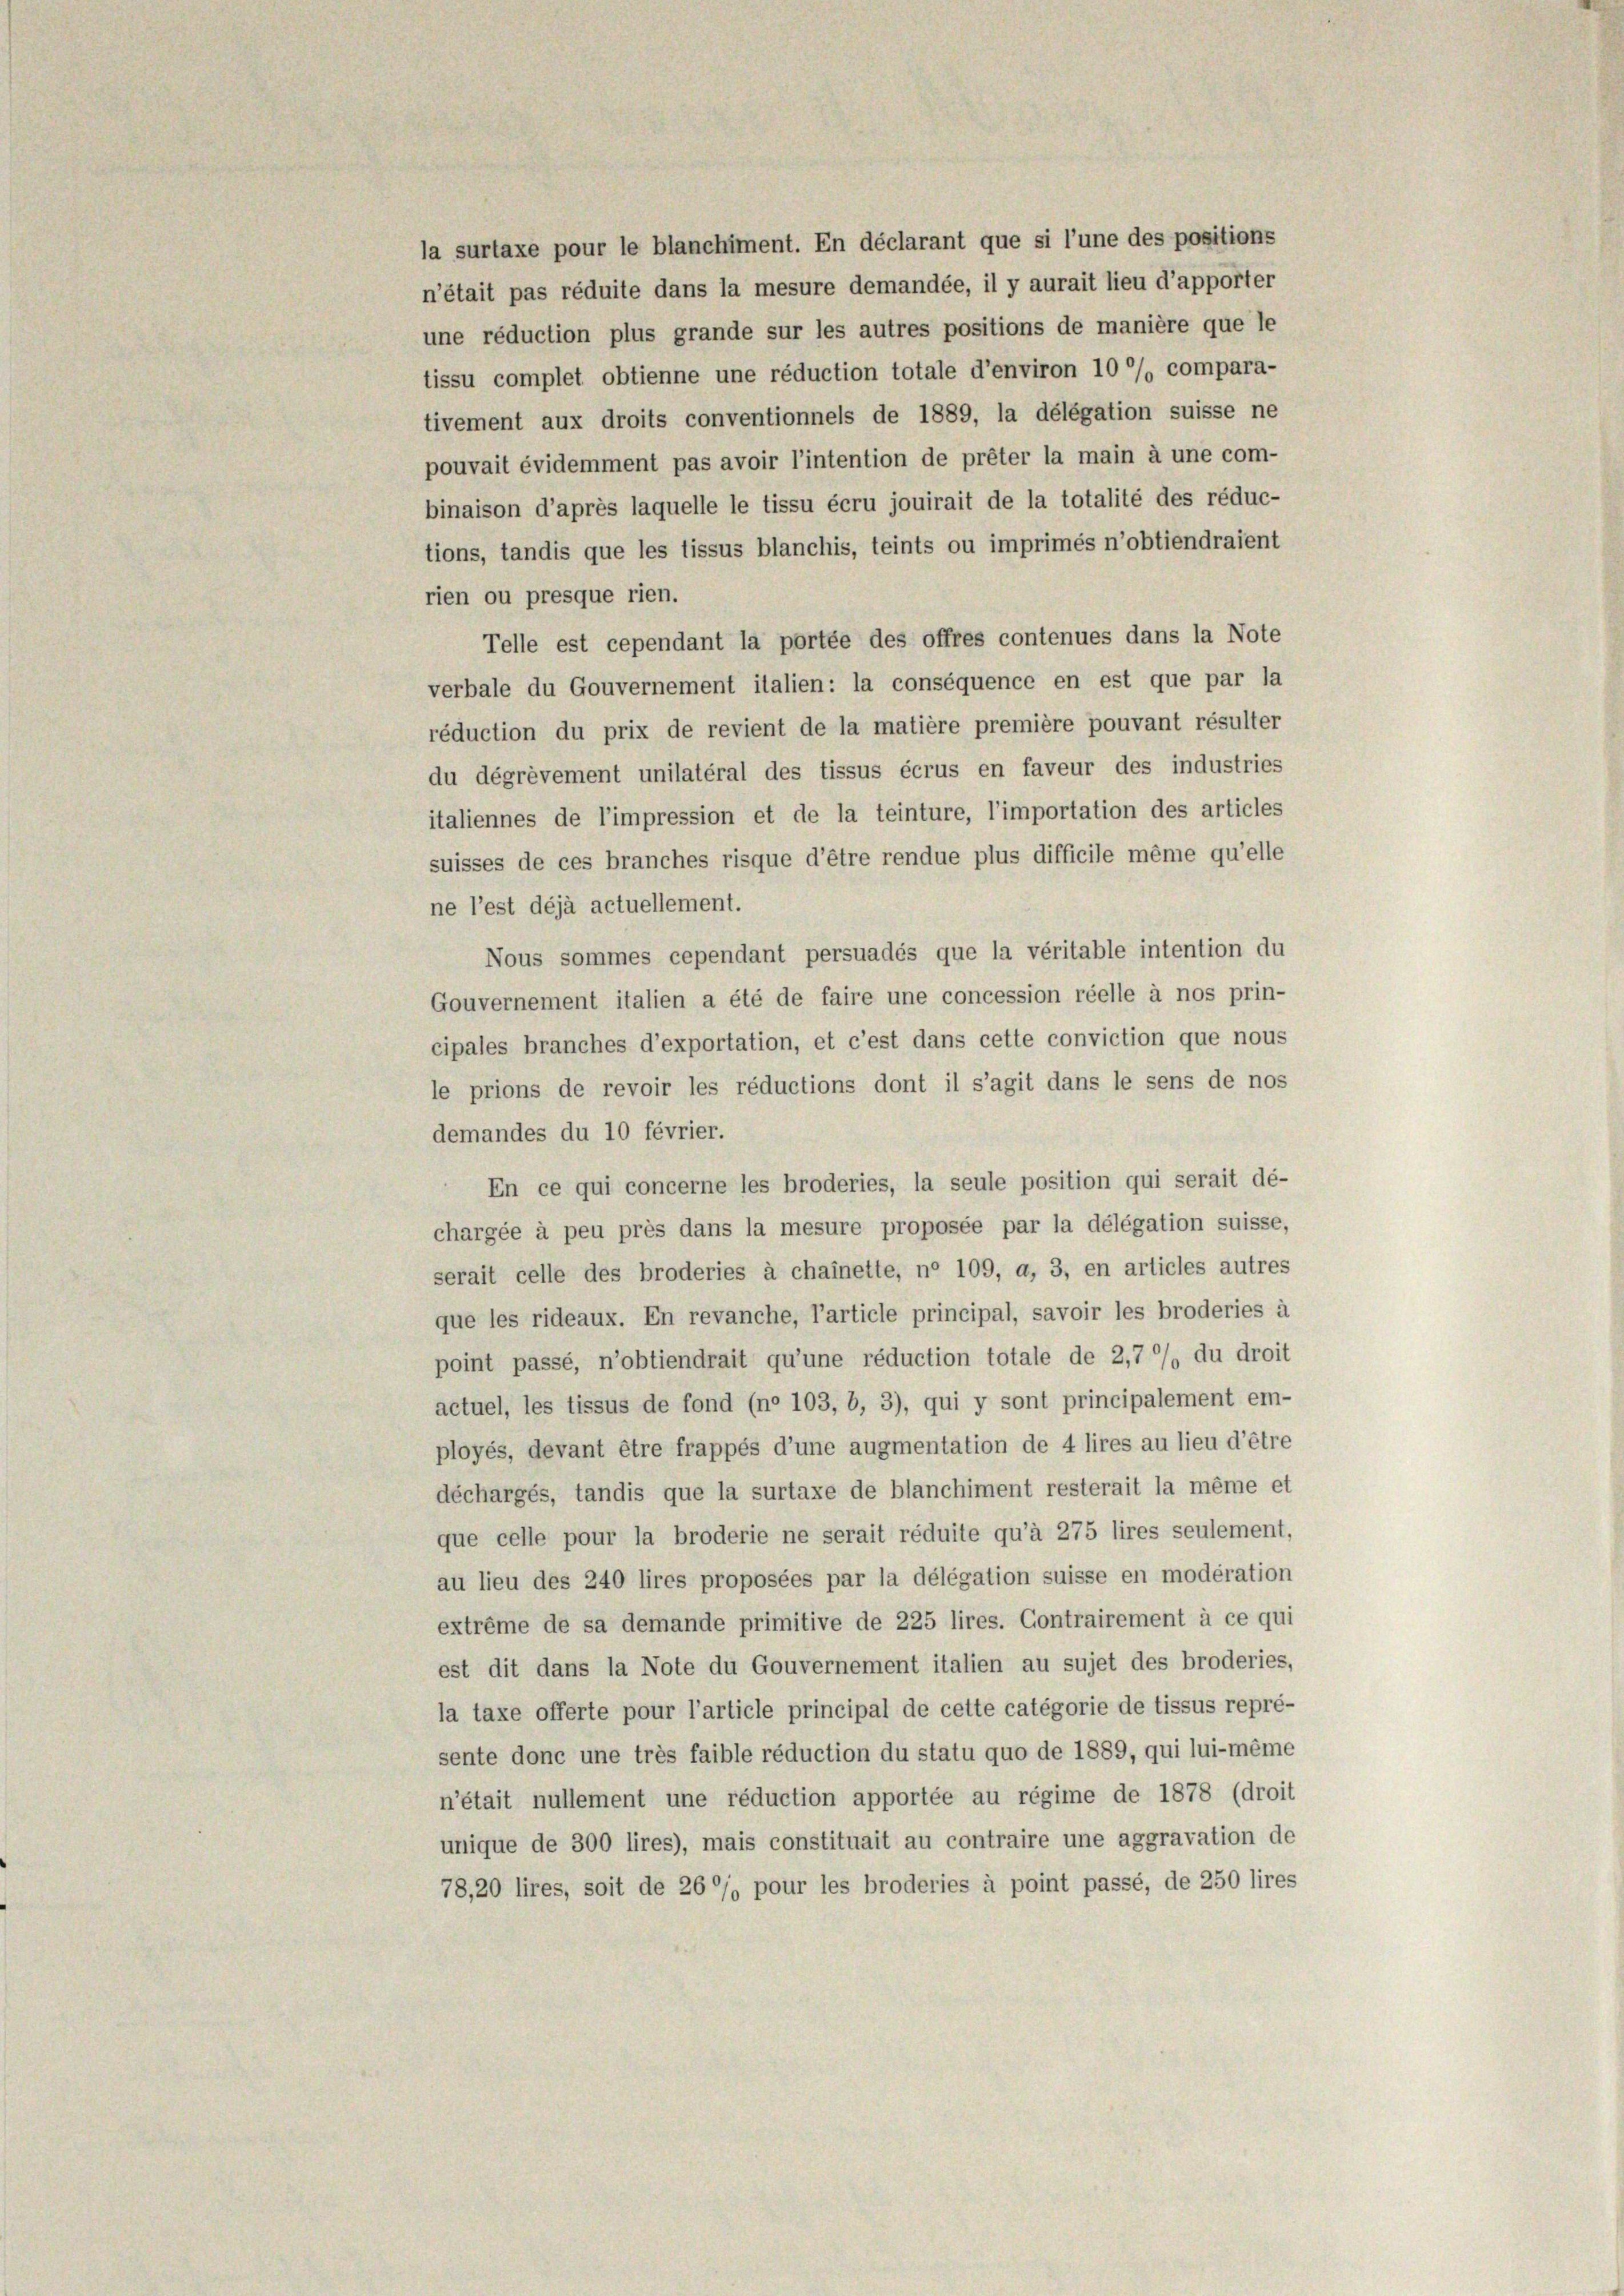
une réduction plus grande sur les autres positions de manière que le
tissu complet obtienne une réduction totale d’environ 10% compara-
tivement aux droits conventionnels de 1889, la délégation suisse ne
pouvait évidemment pas avoir l’intention de prêter la main à une com-
binaison d’après laquelle le tissu écru jouirait de la totalité des réduc-
tions, tandis que les tissus blanchis, teints ou imprimés n’obtiendraient
rien ou presque rien.
Telle est cependant la portée des offres contenues dans la Note
verbale du Gouvernement italien: la conséquence en est que par la
réduction du prix de revient de la matière première pouvant résulter
du dégrèvement unilatéral des tissus écrus en faveur des industries
italiennes de l’impression et de la teinture, l’importation des articles
suisses de ces branches risque d’être rendue plus difficile même qu’elle
ne l’est déjà actuellement.
Nous sommes cependant persuadés que la véritable intention du
Gouvernement italien a été de faire une concession réelle à nos prin-
cipales branches d’exportation, et c’est dans cette conviction que nous
le prions de revoir les réductions dont il s’agit dans le sens de nos
demandes du 10 février.
En ce qui concerne les broderies, la seule position qui serait dé-
chargée à peu près dans la mesure proposée par la délégation suisse,
serait celle des broderies à chainette, ne 109, a, 3, en articles autres
que les rideaux. En revanche, Particle principal, savoir les broderies à
point passé, n’obtiendrait qu’une réduction totale de 2,7% du droit
actuel, les tissus de fond (no 103, b, 3), qui y sont principalement em-
ployés, devant être frappés d’une augmentation de 4 lires au lieu d’être
déchargés, tandis que la surtaxe de blanchiment resterait la même et
que celle pour la broderie ne serait réduite qu’à 275 lires seulement,
au lieu des 240 lires proposées par la délégation suisse en modération
extrême de sa demande primitive de 225 lires. Contrairement à ce qui
est dit dans la Note du Gouvernement italien au sujet des broderies,
la taxe offerte pour l’article principal de cette catégorie de tissus repré-
sente donc une très faible réduction du statu quo de 1889, qui lui-même
n’était nullement une réduction apportée au régime de 1878 (droit
unique de 300 lires), mais constituait au contraire une aggravation de
78, 20 lires, soit de 26% pour les broderies à point passé, de 250 lires

la surtaxe pour le blanchiment. En déclarant que si l’une des positions
n’était pas réduite dans la mesure demandée, il y aurait lieu d’apporter